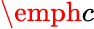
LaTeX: \emph{c}